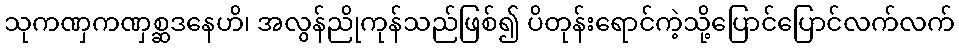
သုကဏှကဏှစ္ဆဒနေဟိ၊ အလွန်ညိုကုန်သည်ဖြစ်၍ ပိတုန်းရောင်ကဲ့သို့ပြောင်ပြောင်လက်လက်